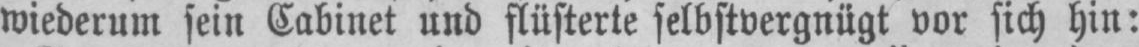
wiederum sein Cabinet und flüsterte selbstvergnügt vor sich hin: